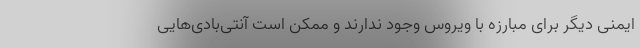
ایمنی دیگر برای مبارزه با ویروس وجود ندارند و ممکن است آنتی‌بادی‌هایی